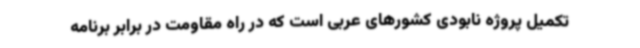
تکمیل پروژه نابودی کشورهای عربی است که در راه مقاومت در برابر برنامه